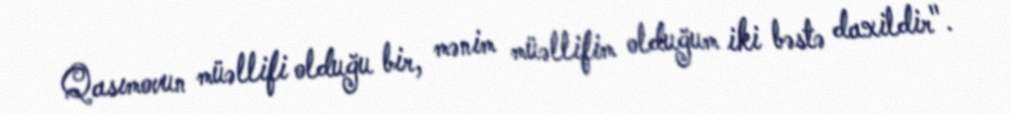
Qasımovun müəllifi olduğu bir, mənim müəllifim olduğum iki bəstə daxildir".